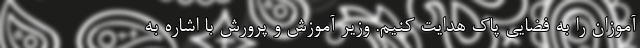
آموزان را به فضایی پاک هدایت کنیم. وزیر آموزش و پرورش با اشاره به